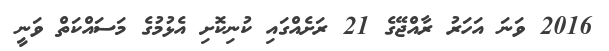
2016 ވަނަ އަހަރު ރާއްޖޭގެ 21 ރަށެއްގައި ކުނިކޮށި އެޅުމުގެ މަސައްކަތް ވަނީ